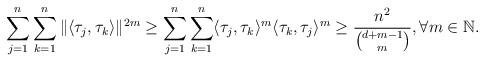
LaTeX: \begin{align*}\sum_{j=1}^n\sum_{k=1}^n\|\langle \tau_j, \tau_k\rangle \|^{2m}\geq \sum_{j=1}^n\sum_{k=1}^n\langle \tau_j, \tau_k\rangle ^{m}\langle \tau_k, \tau_j\rangle ^{m}\geq \frac{n^2}{{d+m-1\choose m}}, \forall m \in \mathbb{N}.\end{align*}